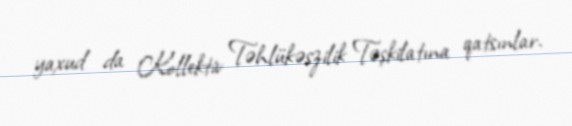
yaxud da Kollektiv Təhlükəszilik Təşkilatına qatsınlar.